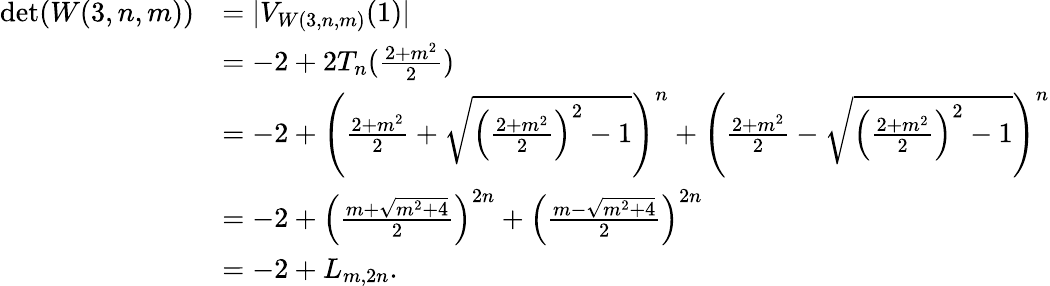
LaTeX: \begin{array}{rl}{\operatorname*{det}(W(3,n,m))}&{=|V_{W(3,n,m)}(1)|}\\ &{=-2+2T_{n}(\frac{2+m^{2}}{2})}\\ &{=-2+\left(\frac{2+m^{2}}{2}+\sqrt{\left(\frac{2+m^{2}}{2}\right)^{2}-1}\right)^{n}+\left(\frac{2+m^{2}}{2}-\sqrt{\left(\frac{2+m^{2}}{2}\right)^{2}-1}\right)^{n}}\\ &{=-2+\left(\frac{m+\sqrt{m^{2}+4}}{2}\right)^{2n}+\left(\frac{m-\sqrt{m^{2}+4}}{2}\right)^{2n}}\\ &{=-2+L_{m,2n}.}\end{array}